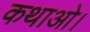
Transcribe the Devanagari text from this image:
कथाओ।